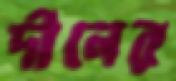
দীনের